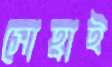
সোহ্রাই